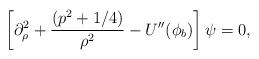
LaTeX: \begin{align*}\left[\partial_{\rho}^2+\frac{(p^2+1/4)}{\rho^2}-U''(\phi_{b})\right]\psi=0,\end{align*}